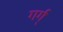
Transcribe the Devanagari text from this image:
गर्ग्